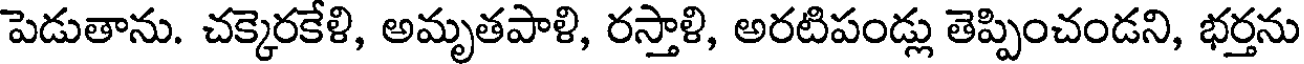
పెడుతాను. చక్కెరకేళి, అమృతపాళి, రస్తాళి, అరటిపండ్లు తెప్పించండని, భర్తను